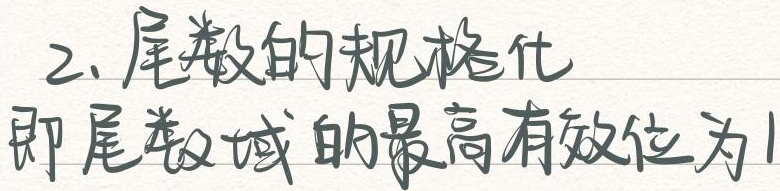
2. 尾数的规格化
即尾数域的最高有效位为1